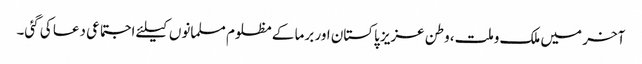
آخر میں ملک وملت، وطن عزیز پاکستان اور برما کے مظلوم مسلمانوں کیلئے اجتماعی دعا کی گئی۔